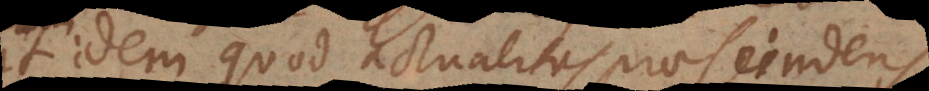
idem quod actualitas praescindens